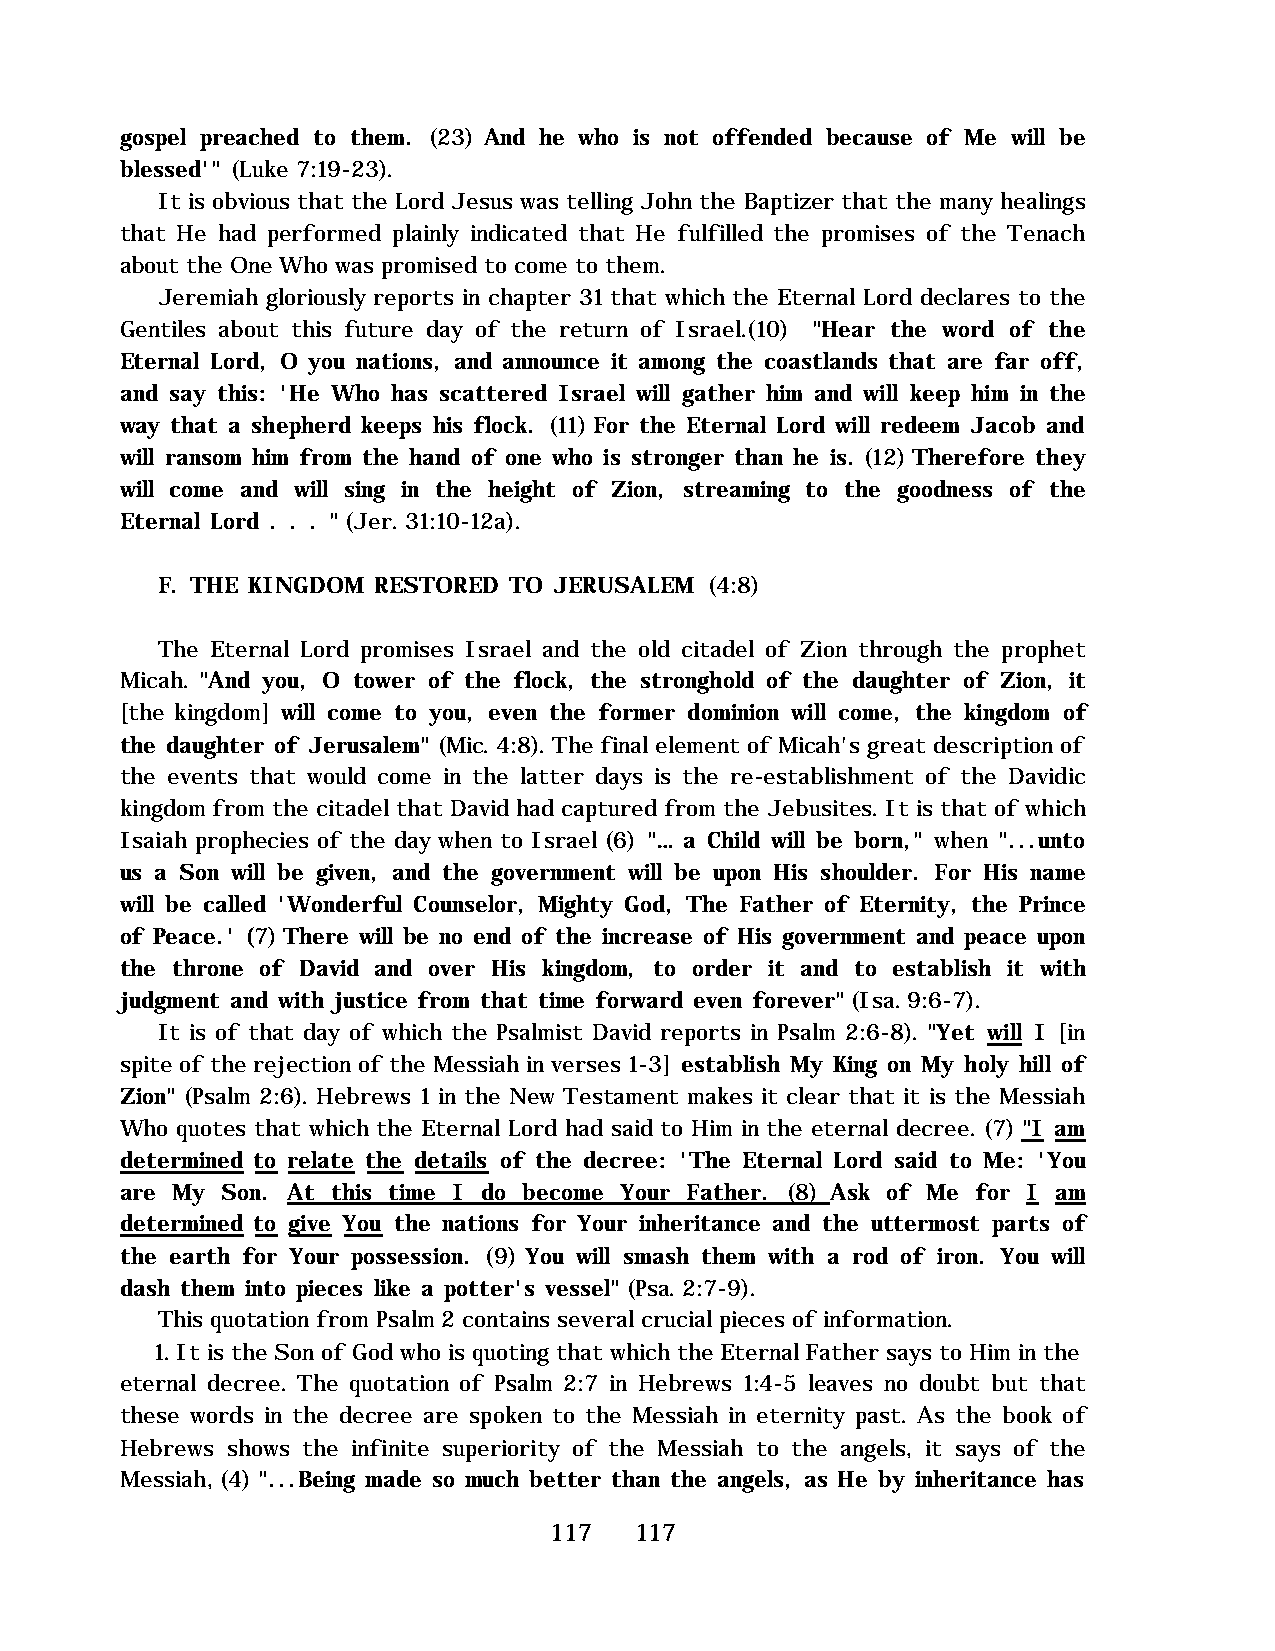
gospel preached to them. (23) And he who is not offended because of Me will be
 blessed'" (Luke 7:19-23).
 It is obvious that the Lord Jesus was telling John the Baptizer that the many healings
 that He had performed plainly indicated that He fulfilled the promises of the Tenach
 about the One Who was promised to come to them.
 Jeremiah gloriously reports in chapter 31 that which the Eternal Lord declares to the
 Gentiles about this future day of the return of Israel.(10) "Hear the word of the
 Eternal Lord, O you nations, and announce it among the coastlands that are far off,
 and say this: 'He Who has scattered Israel will gather him and will keep him in the
 way that a shepherd keeps his flock. (11) For the Eternal Lord will redeem Jacob and
 will ransom him from the hand of one who is stronger than he is. (12) Therefore they
 will come and will sing in the height of Zion, streaming to the goodness of the
 Eternal Lord . . . " (Jer. 31:10-12a).
 F. THE KINGDOM RESTORED TO JERUSALEM (4:8)
 The Eternal Lord promises Israel and the old citadel of Zion through the prophet
 Micah. "And you, O tower of the flock, the stronghold of the daughter of Zion, it
 [the kingdom] will come to you, even the former dominion will come, the kingdom of
 the daughter of Jerusalem" (Mic. 4:8). The final element of Micah's great description of
 the events that would come in the latter days is the re-establishment of the Davidic
 kingdom from the citadel that David had captured from the Jebusites. It is that of which
 Isaiah prophecies of the day when to Israel (6) "… a Child will be born," when "...unto
 us a Son will be given, and the government will be upon His shoulder. For His name
 will be called 'Wonderful Counselor, Mighty God, The Father of Eternity, the Prince
 of Peace.' (7) There will be no end of the increase of His government and peace upon
 the throne of David and over His kingdom, to order it and to establish it with
 judgment and with justice from that time forward even forever" (Isa. 9:6-7).
 It is of that day of which the Psalmist David reports in Psalm 2:6-8). "Yet will I [in
 spite of the rejection of the Messiah in verses 1-3] establish My King on My holy hill of
 Zion" (Psalm 2:6). Hebrews 1 in the New Testament makes it clear that it is the Messiah
 Who quotes that which the Eternal Lord had said to Him in the eternal decree. (7) "I am
 determined to relate the details of the decree: 'The Eternal Lord said to Me: 'You
 are My Son. At this time I do become Your Father. (8) Ask of Me for I am
 determined to give You the nations for Your inheritance and the uttermost parts of
 the earth for Your possession. (9) You will smash them with a rod of iron. You will
 dash them into pieces like a potter's vessel" (Psa. 2:7-9).
 This quotation from Psalm 2 contains several crucial pieces of information.
 1. It is the Son of God who is quoting that which the Eternal Father says to Him in the
 eternal decree. The quotation of Psalm 2:7 in Hebrews 1:4-5 leaves no doubt but that
 these words in the decree are spoken to the Messiah in eternity past. As the book of
 Hebrews shows the infinite superiority of the Messiah to the angels, it says of the
 Messiah, (4) "...Being made so much better than the angels, as He by inheritance has
 117   117